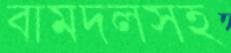
বামদলসহ